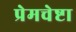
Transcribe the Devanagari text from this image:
प्रेमचेष्टा